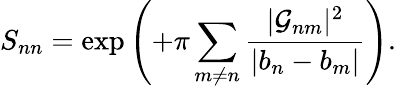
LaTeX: S_{nn}=\exp\left(+\pi\sum_{m\neq n}\frac{|{\cal G}_{nm}|^{2}}{|b_{n}-b_{m}|}\right).